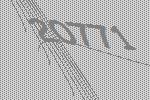
20771